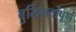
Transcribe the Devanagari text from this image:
बुद्धिमर्तापूर्ण